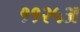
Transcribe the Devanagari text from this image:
११२५अ